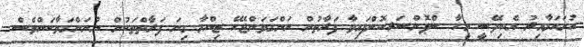
ހުށަހަޅާއިރު އެބިދޭސީ މީހާ ސްޕޮންސަރކޮށްފައިވާ ފަރާތުން ނަންގަވަންޖެހޭ ޒިންމާ ގިނަ ފަރާތްތަކުން ނުނަންގަވާކަންވެސް